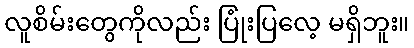
လူစိမ်းတွေကိုလည်း ပြုံးပြလေ့ မရှိဘူး။